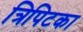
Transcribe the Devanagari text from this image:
त्रिपिटका